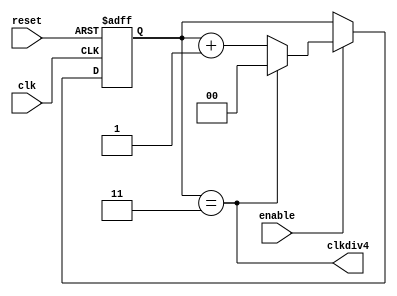
module FourMegaHertz (reset, clk, enable, clkdiv4);
input reset, clk, enable;
output clkdiv4;
reg [1:0] cnt;

assign clkdiv4 = (cnt==2'd3);
always @(posedge reset or posedge clk)
  if (reset) cnt <= 0;
   else if (enable) 
          if (clkdiv4) cnt <= 0;
            else cnt <= cnt + 1;
endmodule
module top (reset, clk, pixelClk);
input reset, clk;
output pixelClk;

FourMegaHertz clk0 (reset, clk, 1, pixelClk);

endmodule